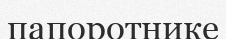
папоротнике